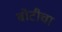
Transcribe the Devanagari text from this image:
बोटीचा